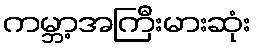
ကမ္ဘာ့အကြီးမားဆုံး